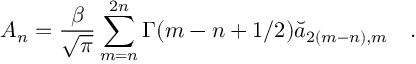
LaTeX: A _ { n } = { \frac { \beta } { \sqrt { \pi } } } \sum _ { m = n } ^ { 2 n } \Gamma ( m - n + 1 / 2 ) \breve { a } _ { 2 ( m - n ) , m } ~ ~ ~ .